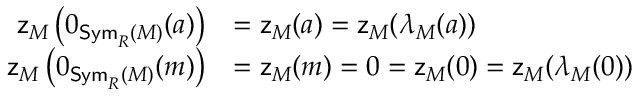
\begin{array} { r l } { \mathsf { z } _ { M } \left( 0 _ { \mathsf { S y m } _ { R } ( M ) } ( a ) \right) } & { = \mathsf { z } _ { M } ( a ) = \mathsf { z } _ { M } ( \lambda _ { M } ( a ) ) } \\ { \mathsf { z } _ { M } \left( 0 _ { \mathsf { S y m } _ { R } ( M ) } ( m ) \right) } & { = \mathsf { z } _ { M } ( m ) = 0 = \mathsf { z } _ { M } ( 0 ) = \mathsf { z } _ { M } ( \lambda _ { M } ( 0 ) ) } \end{array}